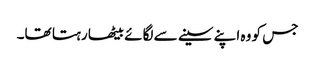
جس کو وہ اپنے سینے سے لگائے بیٹھا رہتا تھا۔